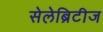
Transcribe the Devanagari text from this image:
सेलेब्रिटीज